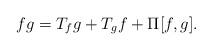
LaTeX: \begin{align*}fg = T_fg + T_gf + \Pi[f,g].\end{align*}